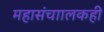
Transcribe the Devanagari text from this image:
महासंचाालकही